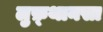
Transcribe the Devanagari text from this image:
लुफ़्थानसा